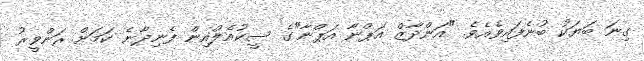
ގިނަ ބަޔަކު ބުނެފައިވެއެވެ. "އަންދާޒް އަޕްނާ އަޕްނާ"ގެ ސީކުއެލްއިން ފެނިދާނެ ކަމަށް ރަންވީރު